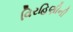
વિરહિણીની